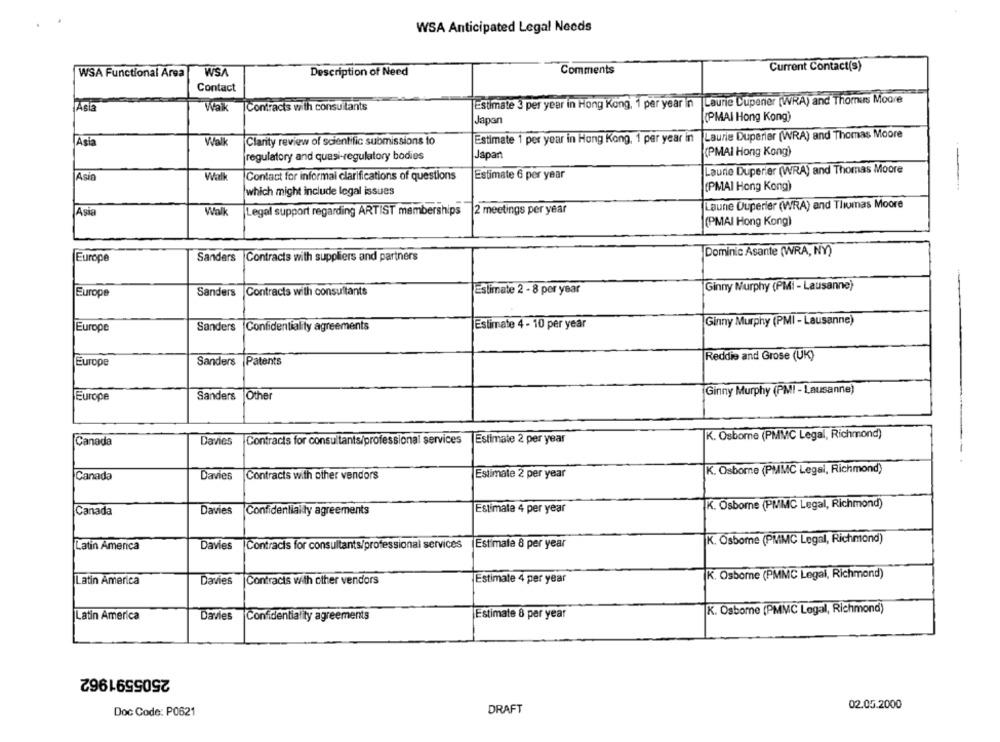
WSA Anticipated Legal Needs
Current Contact(s)
WSA Functional Area
WSA
Description of Need
Comments
Contact
Estimate 3 per year in Hong Kong, 1 per year in Laurie Duperier (WRA) and Thomas Moore
Asla
Waik |Contracts with consultants
(PMAI Hong Kong)
Japan
Asia
Walk
Clarity review of scientific submissions to
Estimate 1 per year in Hong Kong, 1 per year in Laurie Duperier (WRA) and Thomas Moore
regulatory and quasi-regulatory bodies
Japan
(PMAI Hong Kong)
--
Laurie Duperier (WRA) and Thomas Moore
Acin
Walk
Contact for informai clarifications of questions
Estimate 6 per year
which might include legal issues
(PMAI Hong Kong)
Laune Ouperier (WRA) and Thomas Moore
Asia
Walk
Legal support regarding ARTIST memberships 2 meetings per year
(PMAI Hong Kong)
Europe
Sanders |Contracts with suppliers and partners
Dominic Asante (WRA, NY)
Estimate 2 - 8 per year
Ginny Murphy (PMI - Lausanne)
Europe
Sanders Contracts with consultants
Sanders Confidentiality agreements
Estimate 4 - 10 per year
Ginny Murphy (PMI - Lausanne)
Europe
Reddie and Grose (UK)
Europe
Sanders
Patents
Ginny Murphy (PMI - Lausanne)
Europe
Sanders |Other
K. Osborne (PMMC Legal, Richmond)
Canada
Davies
Contracts for consultants/professional services
Estimate 2 per year
Estimate 2 per year
K. Osborne (PMMC Legal, Richmond)
Canada
Davies
Contracts with other vendors
K. Osborne (PMMC Legal, Richmond)
Canada
Davies
Confidentialdy agreements
Estimate 4 per year
K. Osborne (PMMC Legal, Richmond)
Latin America
Davies
|Contracts for consultants/professional services
Estimate & per year
Estimate 4 per year
K. Osborne (PMMC Legal, Richmond)
Latin America
Davies
Contracts with other vendors
K. Osborne (PMMC Legal, Richmond)
Estimate 8 per year
Latin America
Davies
Confidentiality agreements
2505591962
02.05.2000
Doc Code: P0621
DRAFT